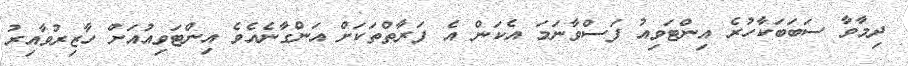
ދިމާވާ ސަބަބަކާހުރެ އިންޓަވިއު ފަސްވާނަމަ އެކަން އެ ފަރާތްތަކަށް އަންގާނެއެވެ އިންޓަވިއުއަށް ހާޒިރުވާއިރު